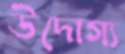
উদোগ্য